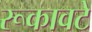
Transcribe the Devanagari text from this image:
रूकावटे